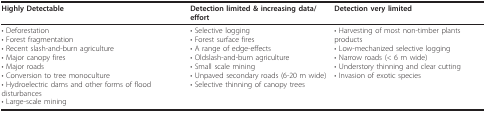
<table><thead><tr><td><b>Highly Detectable</b></td><td><b>Detection limited &amp; increasing data/effort</b></td><td><b>Detection very limited</b></td></tr></thead><tbody><tr><td>• Deforestation• Forest fragmentation• Recent slash-and-burn agriculture• Major canopy fires• Major roads• Conversion to tree monoculture• Hydroelectric dams and other forms of flood disturbances• Large-scale mining</td><td>• Selective logging• Forest surface fires• A range of edge-effects• Oldslash-and-burn agriculture• Small scale mining• Unpaved secondary roads (6-20 m wide)• Selective thinning of canopy trees</td><td>• Harvesting of most non-timber plants products• Low-mechanized selective logging• Narrow roads (&lt; 6 m wide)• Understory thinning and clear cutting• Invasion of exotic species</td></tr></tbody></table>